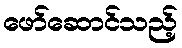
ဖော်ဆောင်သည့်